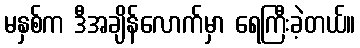
မနှစ်က ဒီအချိန်လောက်မှာ ရေကြီးခဲ့တယ်။